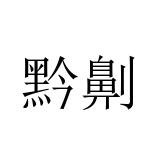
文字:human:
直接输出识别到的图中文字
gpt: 黔劓